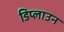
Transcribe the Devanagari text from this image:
डिप्लाउन